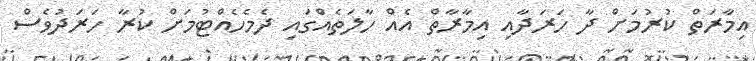
އިމާރަތް ކުރުމަށް ދާ ހަރަދާއި އިމާރާތް އެއް ހާލަތެއްގައި ދެމެހެއްޓުމަށް ކުރާ ހަރަދުވެސް